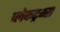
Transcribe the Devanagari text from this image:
प्लेकट्रम्स